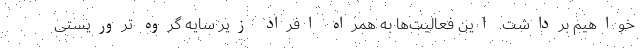
خواهیم برداشت. این فعالیت‌ها به همراه افراد زیر سایه گروه‌ تروریستی